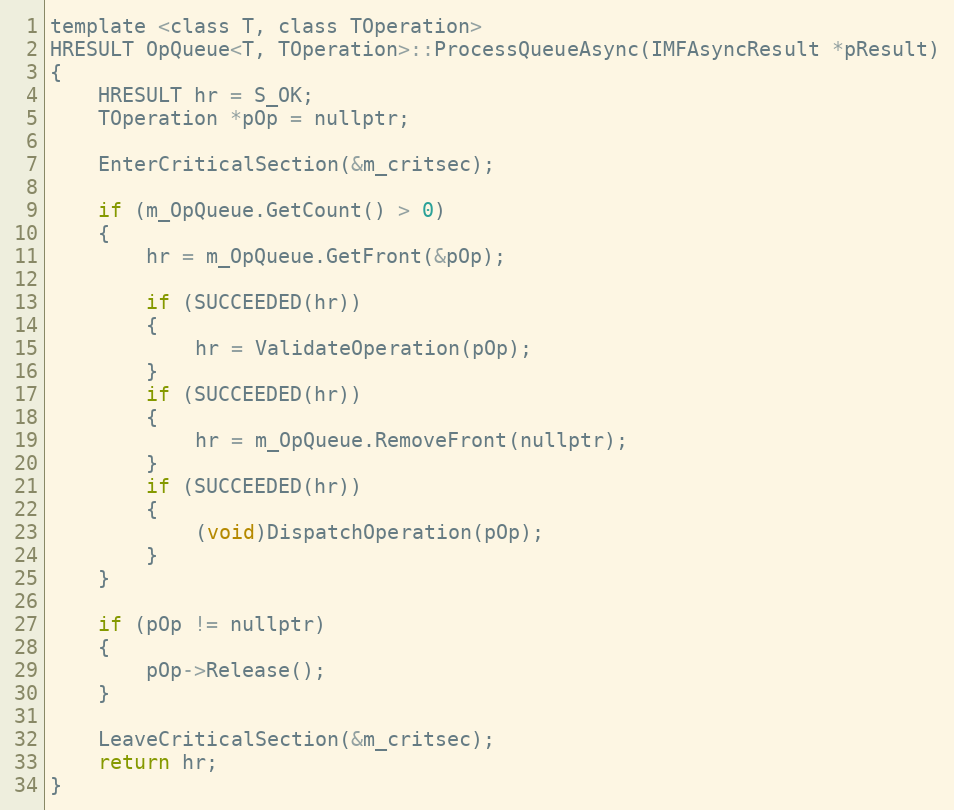
Language: C
template <class T, class TOperation>
HRESULT OpQueue<T, TOperation>::ProcessQueueAsync(IMFAsyncResult *pResult)
{
    HRESULT hr = S_OK;
    TOperation *pOp = nullptr;

    EnterCriticalSection(&m_critsec);

    if (m_OpQueue.GetCount() > 0)
    {
        hr = m_OpQueue.GetFront(&pOp);

        if (SUCCEEDED(hr))
        {
            hr = ValidateOperation(pOp);
        }
        if (SUCCEEDED(hr))
        {
            hr = m_OpQueue.RemoveFront(nullptr);
        }
        if (SUCCEEDED(hr))
        {
            (void)DispatchOperation(pOp);
        }
    }

    if (pOp != nullptr)
    {
        pOp->Release();
    }

    LeaveCriticalSection(&m_critsec);
    return hr;
}